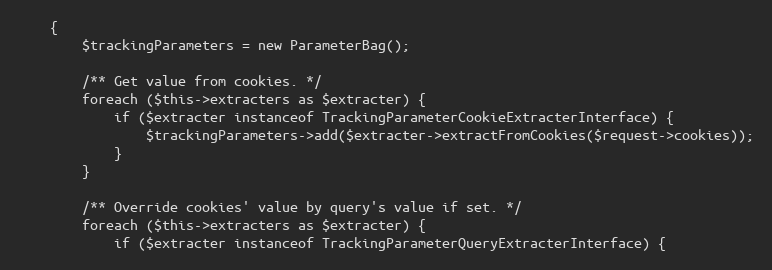
Language: PHP
    {
        $trackingParameters = new ParameterBag();

        /** Get value from cookies. */
        foreach ($this->extracters as $extracter) {
            if ($extracter instanceof TrackingParameterCookieExtracterInterface) {
                $trackingParameters->add($extracter->extractFromCookies($request->cookies));
            }
        }

        /** Override cookies' value by query's value if set. */
        foreach ($this->extracters as $extracter) {
            if ($extracter instanceof TrackingParameterQueryExtracterInterface) {